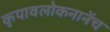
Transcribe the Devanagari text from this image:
कृपावलोकनानेंच